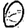
Digit: 0